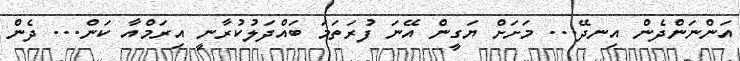
އަންނަންދެން އިނދޭ... މަށަށް ޔަގީން އޭނަ ފުރަތަމަ ބައްދަލުކުރާނީ އިރަމްއާ ކަން... ދެން